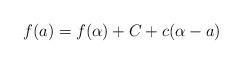
LaTeX: \begin{align*}f(a)=f(\alpha)+C+c(\alpha-a)\end{align*}